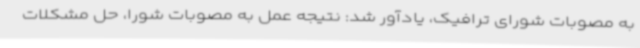
به مصوبات شورای ترافیک، یادآور شد: نتیجه عمل به مصوبات شورا، حل مشکلات